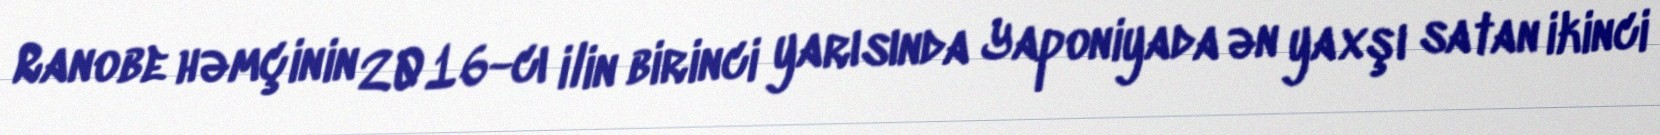
Ranobe həmçinin 2016-cı ilin birinci yarısında Yaponiyada ən yaxşı satan ikinci